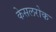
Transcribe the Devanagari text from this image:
केसलरोक